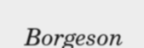
Borgeson